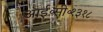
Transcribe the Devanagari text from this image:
आई॰सी॰१३१८